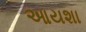
આયશા